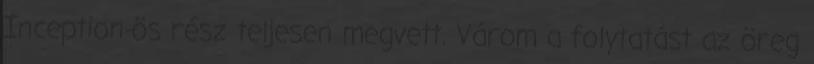
Inception-ös rész teljesen megvett. Várom a folytatást az öreg